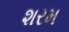
શરમ